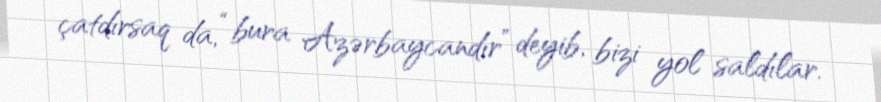
çatdırsaq da, “bura Azərbaycandır” deyib, bizi yol saldılar.